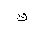
Letter: _qaf